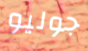
جوليو